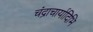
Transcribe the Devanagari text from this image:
चंद्राचार्यादिभि